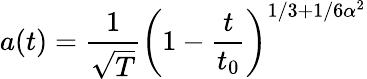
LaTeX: a(t)=\frac{1}{\sqrt T}\left(1-\frac{t}{t_{0}}\right)^{1/3+1/6\alpha^{2}}